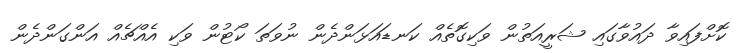
ކޮށްފައިވާ ދައުވާގައި ޝަރީއަތުން ވަކިގޮތެއް ކަނޑައަޅަންދެން ނުވަތަ ކޯޓުން ވަކި އެއްޗެއް އަންގަންދެން